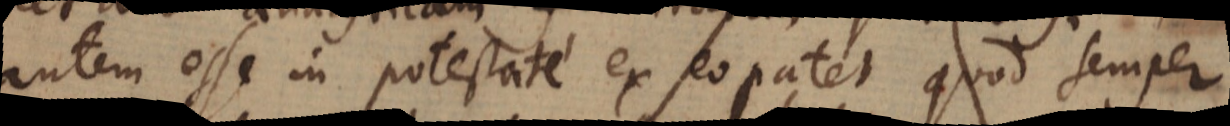
autem esse in potestate ex eo patet quod semper